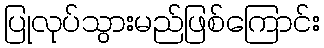
ပြုလုပ်သွားမည်ဖြစ်ကြောင်း